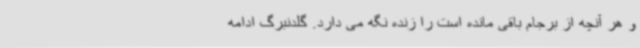
و هر آنچه از برجام باقی مانده است را زنده نگه می دارد. گلدنبرگ ادامه